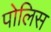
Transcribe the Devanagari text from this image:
पोलिस